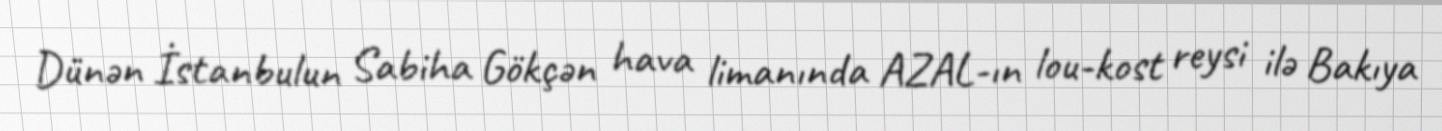
Dünən İstanbulun Sabiha Gökçən hava limanında AZAL-ın lou-kost reysi ilə Bakıya